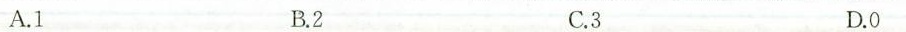
A.1 B.2 C.3 D.0